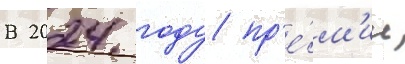
В 2024 году пр'е́м'ии